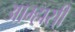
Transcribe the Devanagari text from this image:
आम्हासी